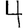
Digit: 4